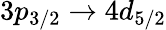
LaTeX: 3p_{3/2}\rightarrow 4d_{5/2}